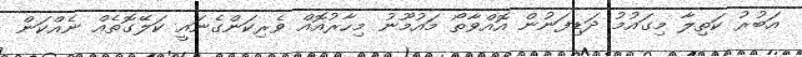
އަބުރު ކަތިލާ މިގައުމު ދަޑިފަނުން އޮއްވާތޯ މައުމޫނު މިހާރުއޮއް ވެރިކަންގެނައީ ކަލޭގޮތެއް ނެއްކަން